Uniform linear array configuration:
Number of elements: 32
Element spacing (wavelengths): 0.75
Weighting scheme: cosine
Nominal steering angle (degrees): -45
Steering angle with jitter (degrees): -43.268
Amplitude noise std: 0.05
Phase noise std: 0.05

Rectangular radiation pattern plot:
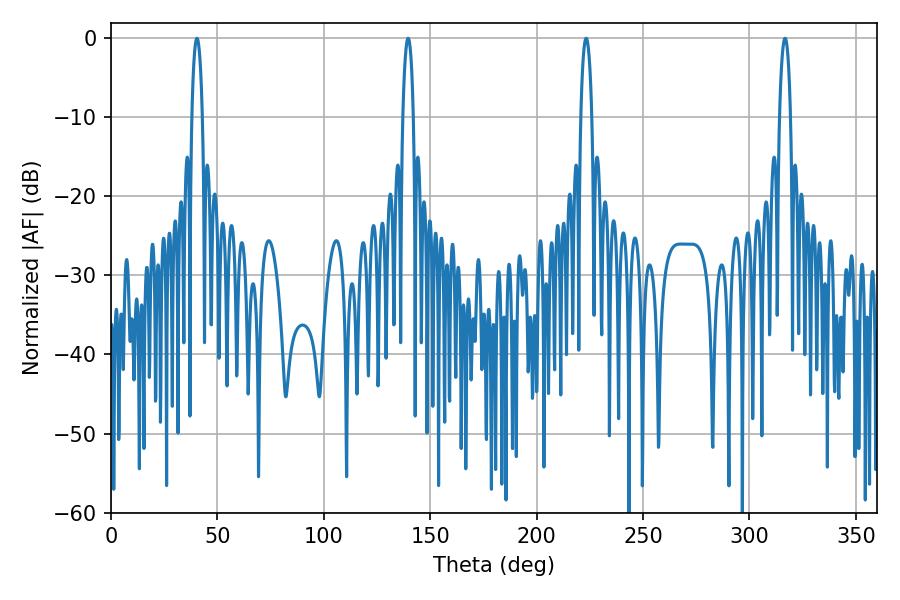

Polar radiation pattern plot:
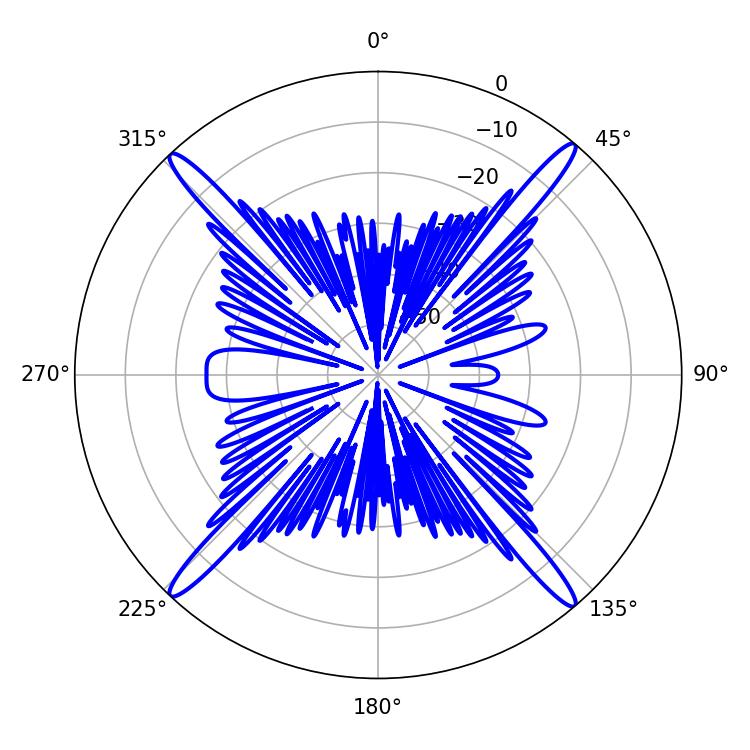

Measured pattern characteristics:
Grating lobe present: TRUE
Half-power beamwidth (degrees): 2.7
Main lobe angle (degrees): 40.32